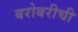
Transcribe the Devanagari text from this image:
बरोबरीची